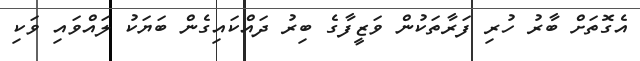
އެގޮތަށް ބާރު ހުރި ފަރާތަކުން ވަޒީފާގެ ބިރު ދައްކައިގެން ބަޔަކު ލައްވައި ވަކި